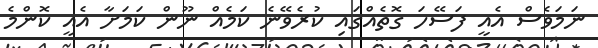
ނަމަވެސް އެއީ ފަސޭހަ ގޮތެއްގައި ކުރެވޭނެ ކަމެއް ނޫން ކަމަށާ އެއީ ކޮންމެ